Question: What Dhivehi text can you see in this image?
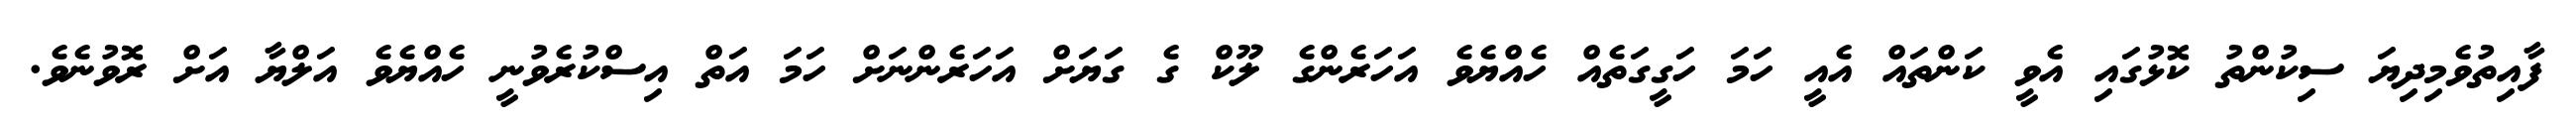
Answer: ފާއިތުވެމިދިޔަ ސިކުންތު ކޮޅުގައި އެވީ ކަންތައް އެއީ ހަމަ ހަގީގަތެއް ހެއްޔެވެ އަހަރެންގެ ލޫކް ގެ ގަޔަށް އަހަރެންނަށް ހަމަ އަތް އިސްކުރެވުނީ ހެއްޔެވެ އަލްޔާ އަށް ރޮވުނެވެ.